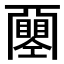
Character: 𢀰